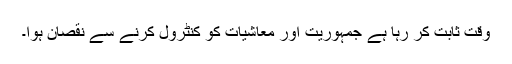
وقت ثابت کر رہا ہے جمہوریت اور معاشیات کو کنٹرول کرنے سے نقصان ہوا۔